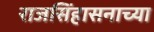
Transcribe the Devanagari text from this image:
राजसिंहासनाच्या